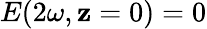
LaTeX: E(2\omega,\mathbf{z}=0)=0